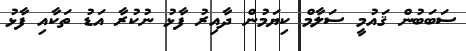
ސަބަބުން ޤައުމީ ސަލާމް ކިޔަމުން ދާއިރު ފާޅު ނުކުރާ އަޑު ތަކާއި ފާޅު